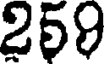
259